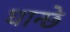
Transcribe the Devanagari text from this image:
घान्छे